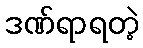
ဒဏ်ရာရတဲ့